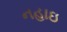
નહાઇ